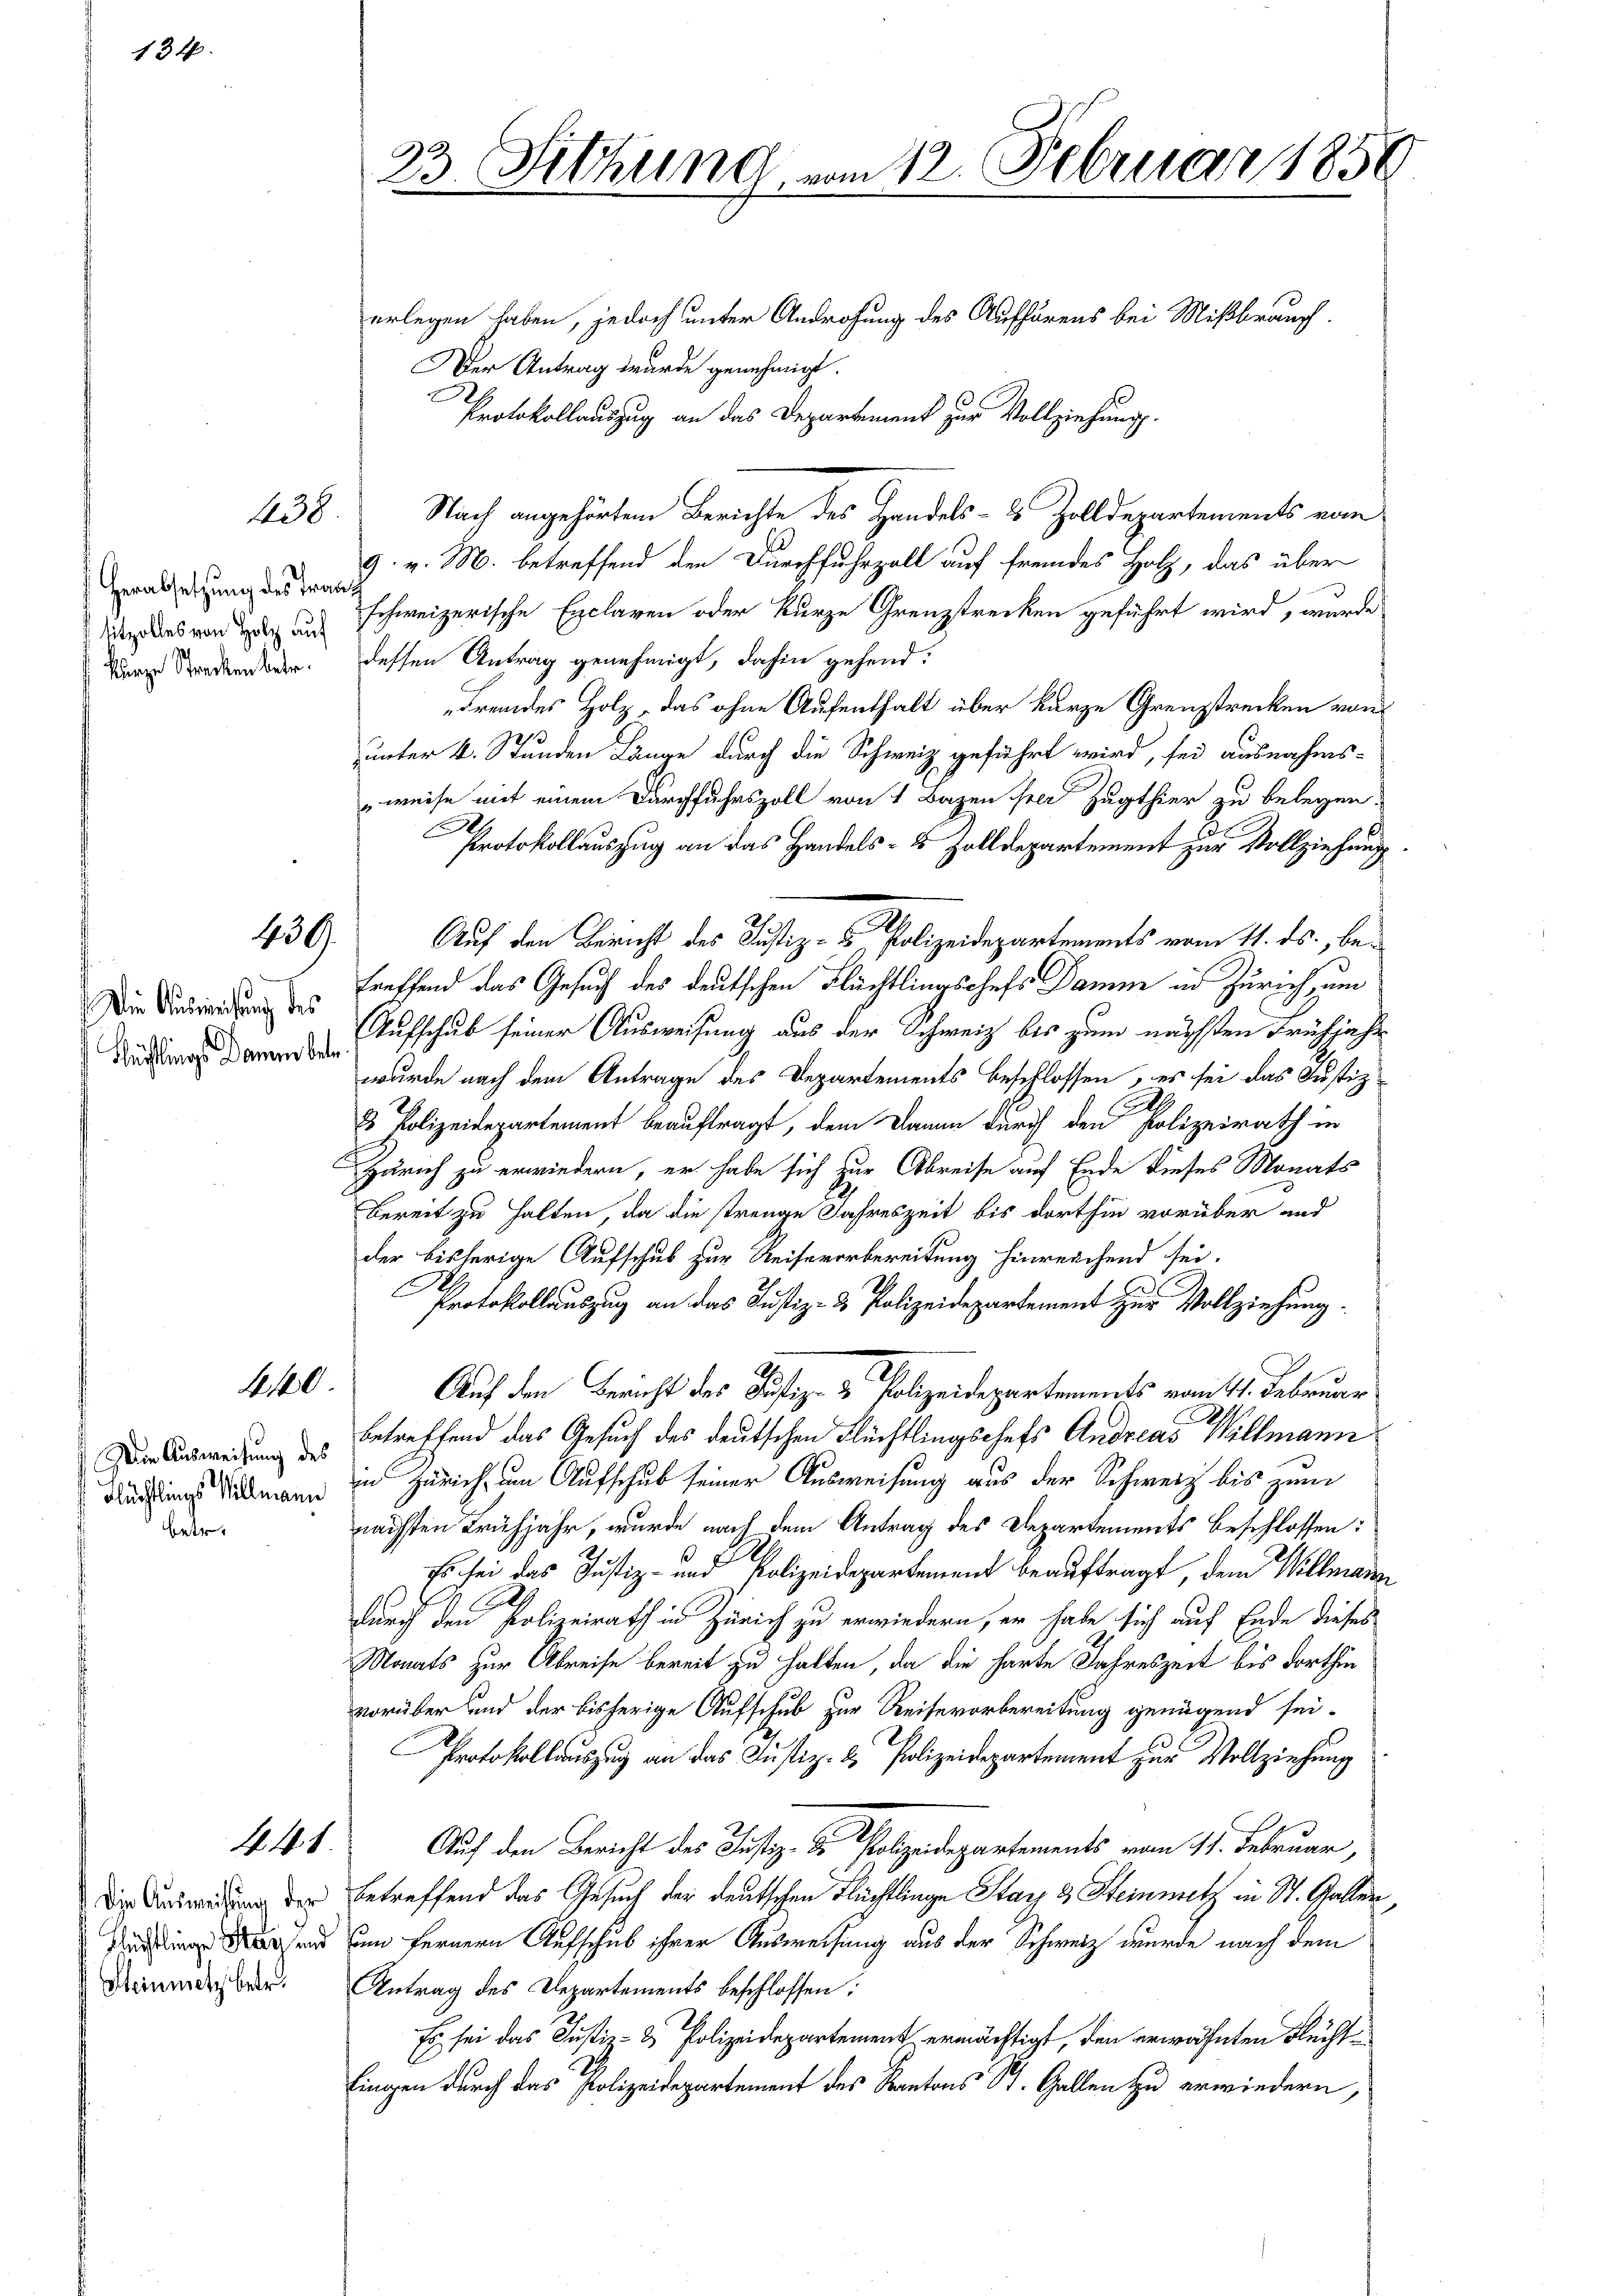
Herabsetzung des Trankurze Strecken betr.

134.

Die Ausweisung des
Kühlings Damen betr

Flüchtlings Villmann

betr.

438

439.

0

448.

Die Ausweisung der
Steinmetz betr.

erlegen haben, jedoch unter Androhung des Aufhörens bei Mißbrauch
er Antrag wurde genehmigt.
Protokollauszug an das Departement zur Vollziehung.
Nach angehörtem Berichte des Handels- & Zolldepartements vom
9. v. M. betreffend den Durchfuhrzoll auf fremdes Holz, das über
Niedes von I 3 Schweizerische Exclaren oder kurze Grenzstrecken geführt wird, wurde
dessen Antrag genehmigt, dahin gehend:
Fremdes Holz, das ohne Aufenthalt über kurze Grenzstrecken von
unter 4. Stunden Länge durch die Schweiz geführt wird, sei ausnahms¬
„weise mit einem Durchfuhrszoll von 1 Bazen ser Zugthier zu belegen.
Protokollauszug an das Handels- & Zolldepartement zur Vollziehung
treffend das Gesuch des deutschen Flüchtlingschefs Damm in Zürich, um
Aufschub seiner Ausweisung aus der Schweiz bis zum nächsten Frühjahr
wurde nach dem Antrage des Departements beschlossen, es sei das Justiz-
8 Polizeidepartement beauftragt, dem Dann durch den Polizeirath in
Zürich zu erwiedern, er habe sich zur Abreise auf Ende dieses Monats
bereit zu halten, da die strenge Jahreszeit bis dorthin vorüber und
der bisherige Aufschub zur Reisererbereitung hinreichend sei.
Protokollauszug an das Justiz- & Polizeidepartement zur Vollziehung.
Auf den Bericht des Justiz- & Polizeidepartements vom 11. Februar
Der Ausweisung u Betreffend das Gesuch des deutschen Flüchtlingschefs Andreas Willmann
in Zürich um Aufschub seiner Ausweisung aus der Schweiz bis zum
nächsten Frühjahr, wurde nach dem Antrag des Departements beschlossen:
Es sei das Justiz- und Polizeidepartemend beauftragt, dem Willmann
durch den Polizeirath in Zürich zu erwiedern, er habe sich auf Ende dieses
Monats zur Abreise bereit zu halten, da die harte Jahreszeit bis dorthin
vorüber und der bisherige Aufschub zur Reise vorbereitung genügend sei-
Protokollauszug an das Justiz- & Polizeidepartement zur Vollziehung
Auch den Bericht des Justiz- & Polizeidepartements vom 17. Februar,
betreffend das Gesuch der deutschen Flüchtlinge Starz & Steinmetz in St. Gallen
rsend in fernern Aufschub ihrer Ausweisung aus der Schweiz wurde nach dem
Antrag des Departements beschlossen:
Es sei das Justiz- & Polizeidepartement ermächtigt, den erwähnten Flüchtlingen durch das Polizeidepartement des Kantons St. Gallen zu erwiedern,

23 Sitzung vom 12. Februar 1850
F

Auf den Bericht des Justiz- u. Polizeidepartements vom 11. ds., be¬